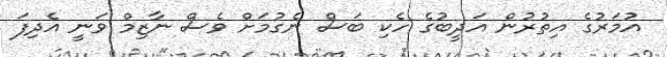
އުމަރުގެ އިތުރުން އަދީބުގެ ހެކި ބަސް ނެގުމަށް ވެސް ނާޒިމް ވަނީ އެދިފަ